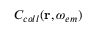
C _ { c o l l } ( \mathbf { r } , \omega _ { e m } )